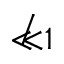
\not \ll 1